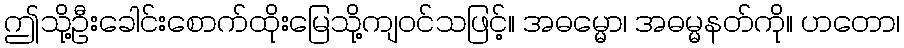
ဤသို့ဦးခေါင်းစောက်ထိုးမြေသို့ကျဝင်သဖြင့်။ အဓမ္မော၊ အဓမ္မနတ်ကို။ ဟတော၊